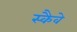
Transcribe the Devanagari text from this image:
स्कैवे